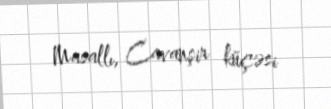
Masallı, Cavanşir küçəsi